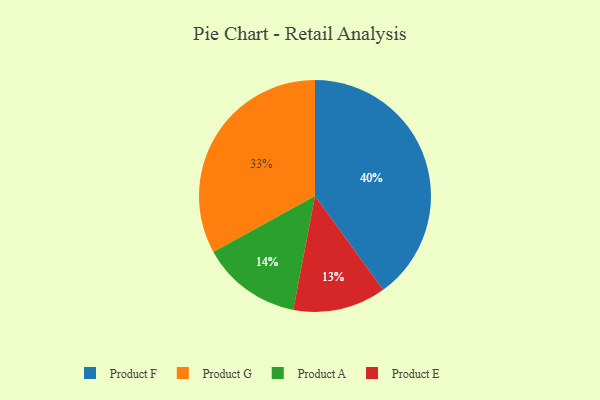
{"axis": {"x": "Category", "y": "Percentage"}, "legend": ["Product A", "Product E", "Product F", "Product G"], "data": [{"x": "Product E", "y": 13, "type": "Product E"}, {"x": "Product G", "y": 33, "type": "Product G"}, {"x": "Product F", "y": 40, "type": "Product F"}, {"x": "Product A", "y": 14, "type": "Product A"}]}